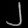
Digit: ၂